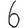
Digit: 6